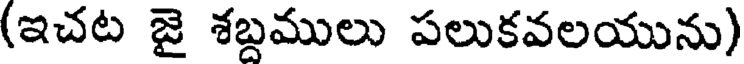
(ఇచట జై శబ్దములు పలుకవలయును)